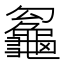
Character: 𪚵